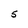
Character: 5